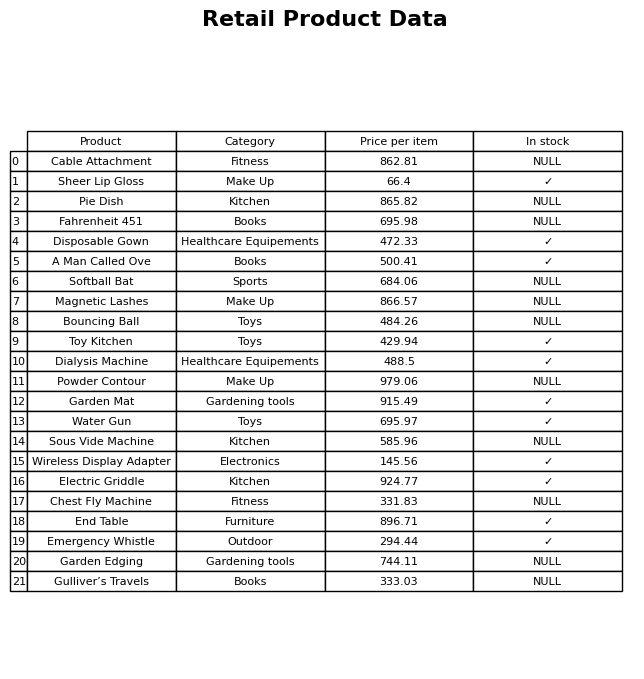
question: What is the price of the Powder Contour?
answer: The price of Powder Contour is 979.06.